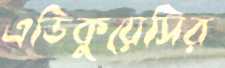
এডিকুয়েসির